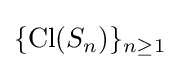
\{\operatorname {Cl} (S_{n})\}_{n\geq 1}